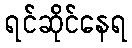
ရင်ဆိုင်နေရ